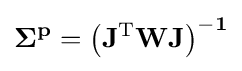
\mathbf {\Sigma ^{p}=\left(J^{\mathrm {T} }WJ\right)^{-1}}